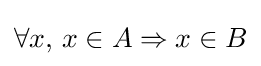
\forall {}x,\,x\in A\Rightarrow x\in B